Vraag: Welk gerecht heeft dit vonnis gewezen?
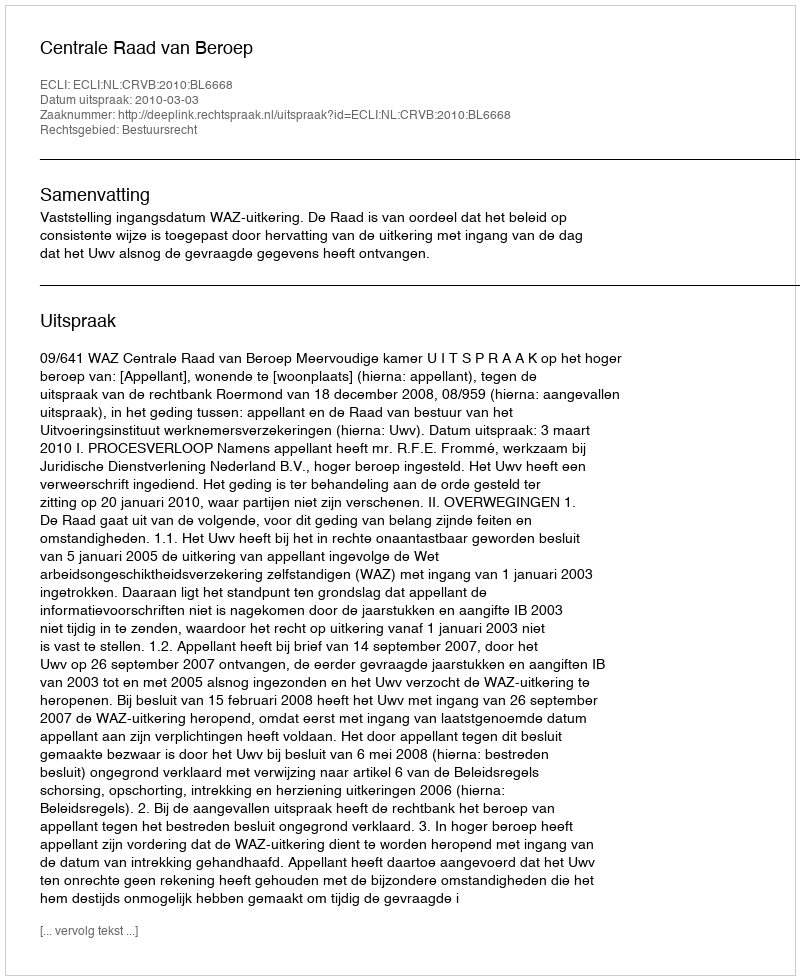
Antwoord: Centrale Raad van Beroep